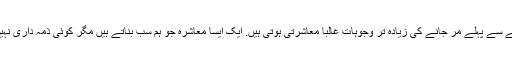
' مرنے سے پہلے مر جانے کی زیادہ تر وجوہات غالبا معاشرتی ہوتی ہیں. ایک ایسا معاشرہ جو ہم سب بناتے ہیں مگر کوئی ذمہ داری نہیں لیتا!